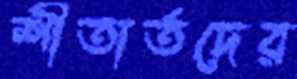
শীতার্তদের